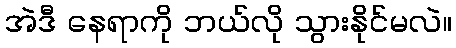
အဲဒီ နေရာကို ဘယ်လို သွားနိုင်မလဲ။